Civil Veterinary Department. United Provinces 1912-22 - 1912-1922
Year: 1912
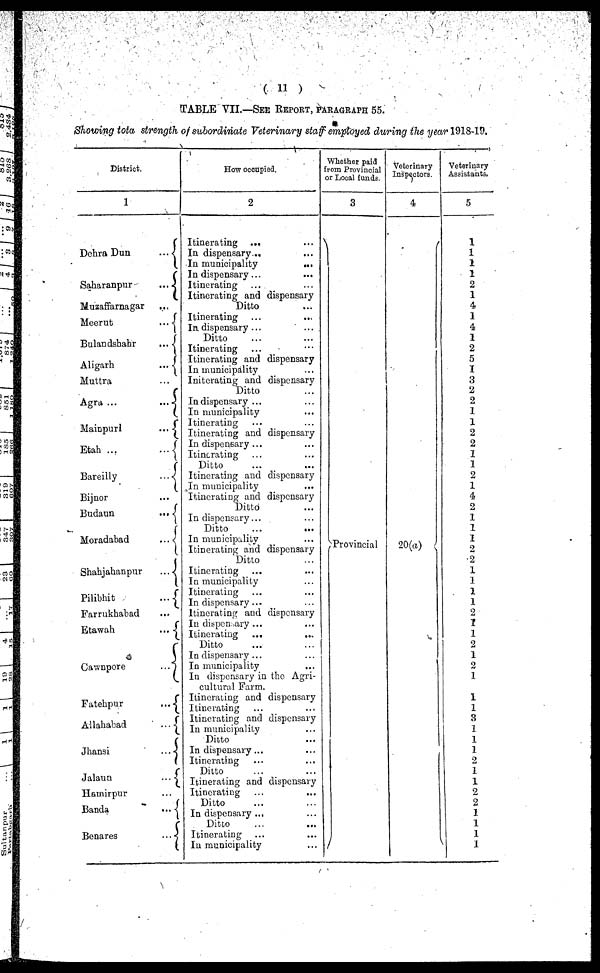
(11)
TABLE VII.—SEE REPORT, PARAGRAPH 55.
Showing tota strength of subordinate Veterinary staff employed during the year 1918-19.
District.
1
Dehra Dun
...
Sakaranpur
...
Muzaffarnagar ...
Meerut
...
Bulandshahr
...
Aligarh
...
Muttra
Agra...
...
Mainpuri
...
Etah
...
Bareilly
...
Bijnor ...
Budaun
...
Moradabad
...
Shahjahanpur
...
Pilibhit
...
Farrukhabad
Etawah
...
Cawnpore
...
Fatehpur
...
Allahabad
...
Jhansi
...
Jalaun
...
Hamirpur
Banda
...
Benares
...
How occupied.
2
Itinerating ...
In dispensary...
In municipality
...
In dispensary ...
Itinerating ... ...
Itinerating and dispensary
Ditto
Itinerating ... ...
In dispensary ...
...
Ditto
Itinerating ... ...
Itinerating and dispensary
In municipality ...
Initerating and dispensary
Ditto
In dispensary ... ...
In municipality ...
Itinerating ... ...
Itinerating and dispensary
In dispensary ... ...
Itinerating ... ...
Ditto
Itinerating and dispensary
In municipality ...
Itinerating and dispensary
Ditto ...
In dispensary... ...
Ditto
...
...
In municipality ...
Itinerating and dispensary
Ditto ...
Itinerating ... ...
In municipality ...
Itinerating ... ...
In dispensary ... ...
Itinerating and dispensary
In dispensary ... ...
Itinerating ... ...
Ditto ... ...
In dispensary ... ...
In municipality
...
In dispensary in the Agri-
cultural Farm.
Itinerating and dispensary
Itinerating ... ...
Itinerating and dispensary
In municipality ...
Ditto ...
In dispensary ... ...
Itinerating ... ...
Ditto ...
Itinerating and dispensary
Itinerating ... ...
Ditto ... ...
In dispensary ... ...
Ditto ... ..
Itinerating ... ...
In municipality ...
Whether paid
from Provincial
or Local funds.
3
Provincial
Veterinary
Inspectors.
4
20(a)
Veterinary
Assistants,
5
1
1
1
1
2
1
4
1
4
1
2
5
1
3
2
2
1
1
2
2
1
1
2
1
4
2
1
1
1
2
2
1
1
1
1
2
1
1
2
1
2
1
1
1
3
1
1
1
2
1
1
2
2
1
1
1
1